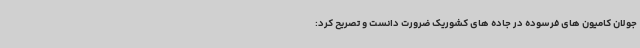
جولان کامیون های فرسوده در جاده های کشوریک ضرورت دانست و تصریح کرد: